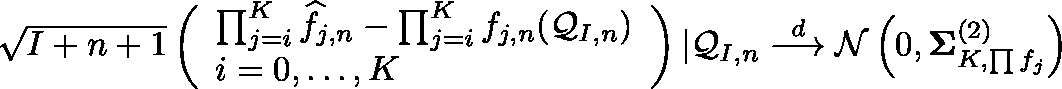
\begin{array} { r } { \sqrt { I + n + 1 } \left( \begin{array} { l } { \prod _ { j = i } ^ { K } \widehat f _ { j , n } - \prod _ { j = i } ^ { K } f _ { j , n } ( \mathcal { Q } _ { I , n } ) } \\ { i = 0 , \ldots , K } \end{array} \right) | \mathcal { Q } _ { I , n } \overset { d } { \longrightarrow } \mathcal { N } \left( 0 , \mathbf { \Sigma } _ { K , \prod f _ { j } } ^ { ( 2 ) } \right) } \end{array}